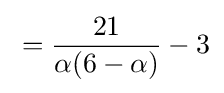
{}={\frac {21}{\alpha (6-\alpha )}}-3